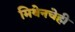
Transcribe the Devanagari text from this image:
मिथेनचेही